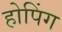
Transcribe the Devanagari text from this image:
होपिंग